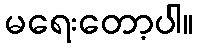
မရေးတော့ပါ။